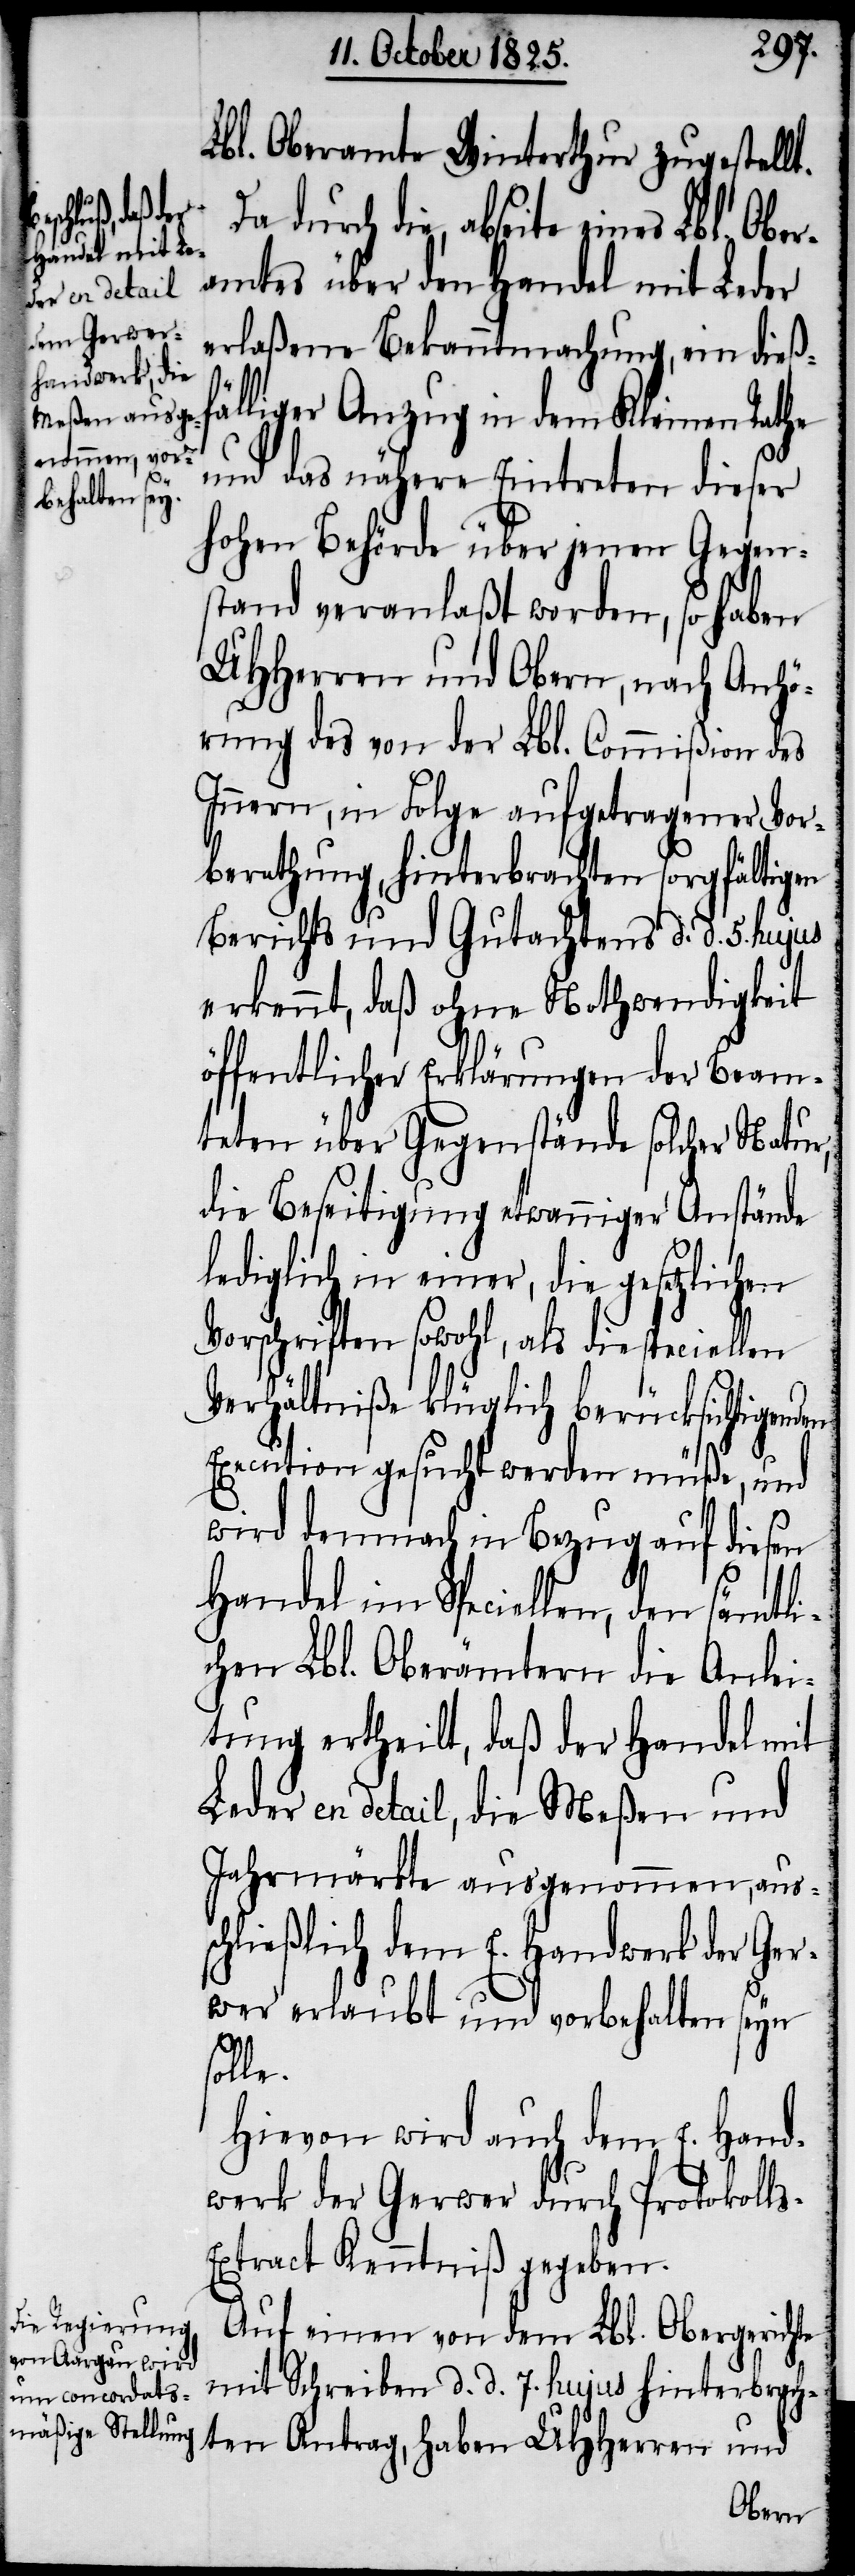
Lbl. Oberamte Winterthur zugestellt.
Da durch die, abseite eines Lbl.
amtes über den Handel mit Leder
erlaßene Bekanntmachung, ein dießf¬
älliger Anzug in dem Kleinen Rathe
und das nähere Eintreten dieser
hohen Behörde über jenen Gegen¬
stand veranlaßt worden, so haben
UHHerren und Obern, nach Anhö¬
rung des von der Lbl. Commißion des
Innern, in Folge aufgetragener Vor¬
berathung, hinterbrachten sorgfältigen
Berichts und Gutachtens d. d. 5. hujus
erkennt, daß ohne Nothwendigkeit
öffentlicher Erklärungen der Beam¬
teten über Gegenstände solcher Natur,
die Beseitigung etwanniger Anstände
lediglich in einer, die gesetzlichen
Vorschriften sowohl, als die speci¬
Verhältniße klüglich berücksichtigenden
Execution gesucht werden müße, und
wird demnach in Bezug auf diesen
Handel im Speciellen, den sämtli¬
chen Lbl. Oberämtern die Anlei¬
tung ertheilt, daß der Handel mit
Leder en detail, die Meßen und
Jahrmärkte ausgenommen, auss¬
chließlich dem E. Handwerk der Ger¬
wer erlaubt und vorbehalten seyn
solle.
Hievon wird auch dem E. Hand¬
werk der Gerwer durch Protokoll¬
s-Extract Kenntniß gegeben.
Auf einen von dem Lbl. Obergerichte
mit Schreiben d. d. 7. hujus hinterbrach¬
ten Antrag, haben UHHerren und
Ober¬